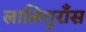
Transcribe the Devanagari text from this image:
लालिगुराँस